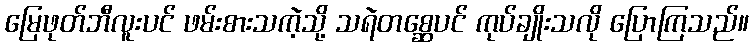
မြေဖုတ်ဘီလူးပင် ဖမ်းစားသကဲ့သို့ သရဲတစ္ဆေပင် ကုပ်ချိုးသလို ပြောကြသည်။